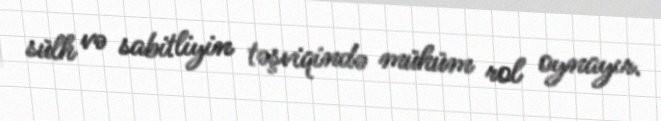
sülh və sabitliyin təşviqində mühüm rol oynayır.